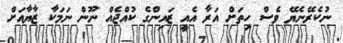
ނުކެރޭނެޔޭ ވެސް ހިތަށް އަރާ އެއީ ޒައިންގެ ކުއްޖެއް ނޫން ނަމަކާ ޒާޔާއަށް